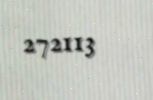
272113